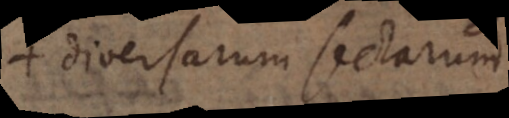
diversarum sectarum